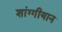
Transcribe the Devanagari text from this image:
शांग्गीयान